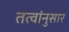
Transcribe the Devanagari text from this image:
तत्वांनुसार